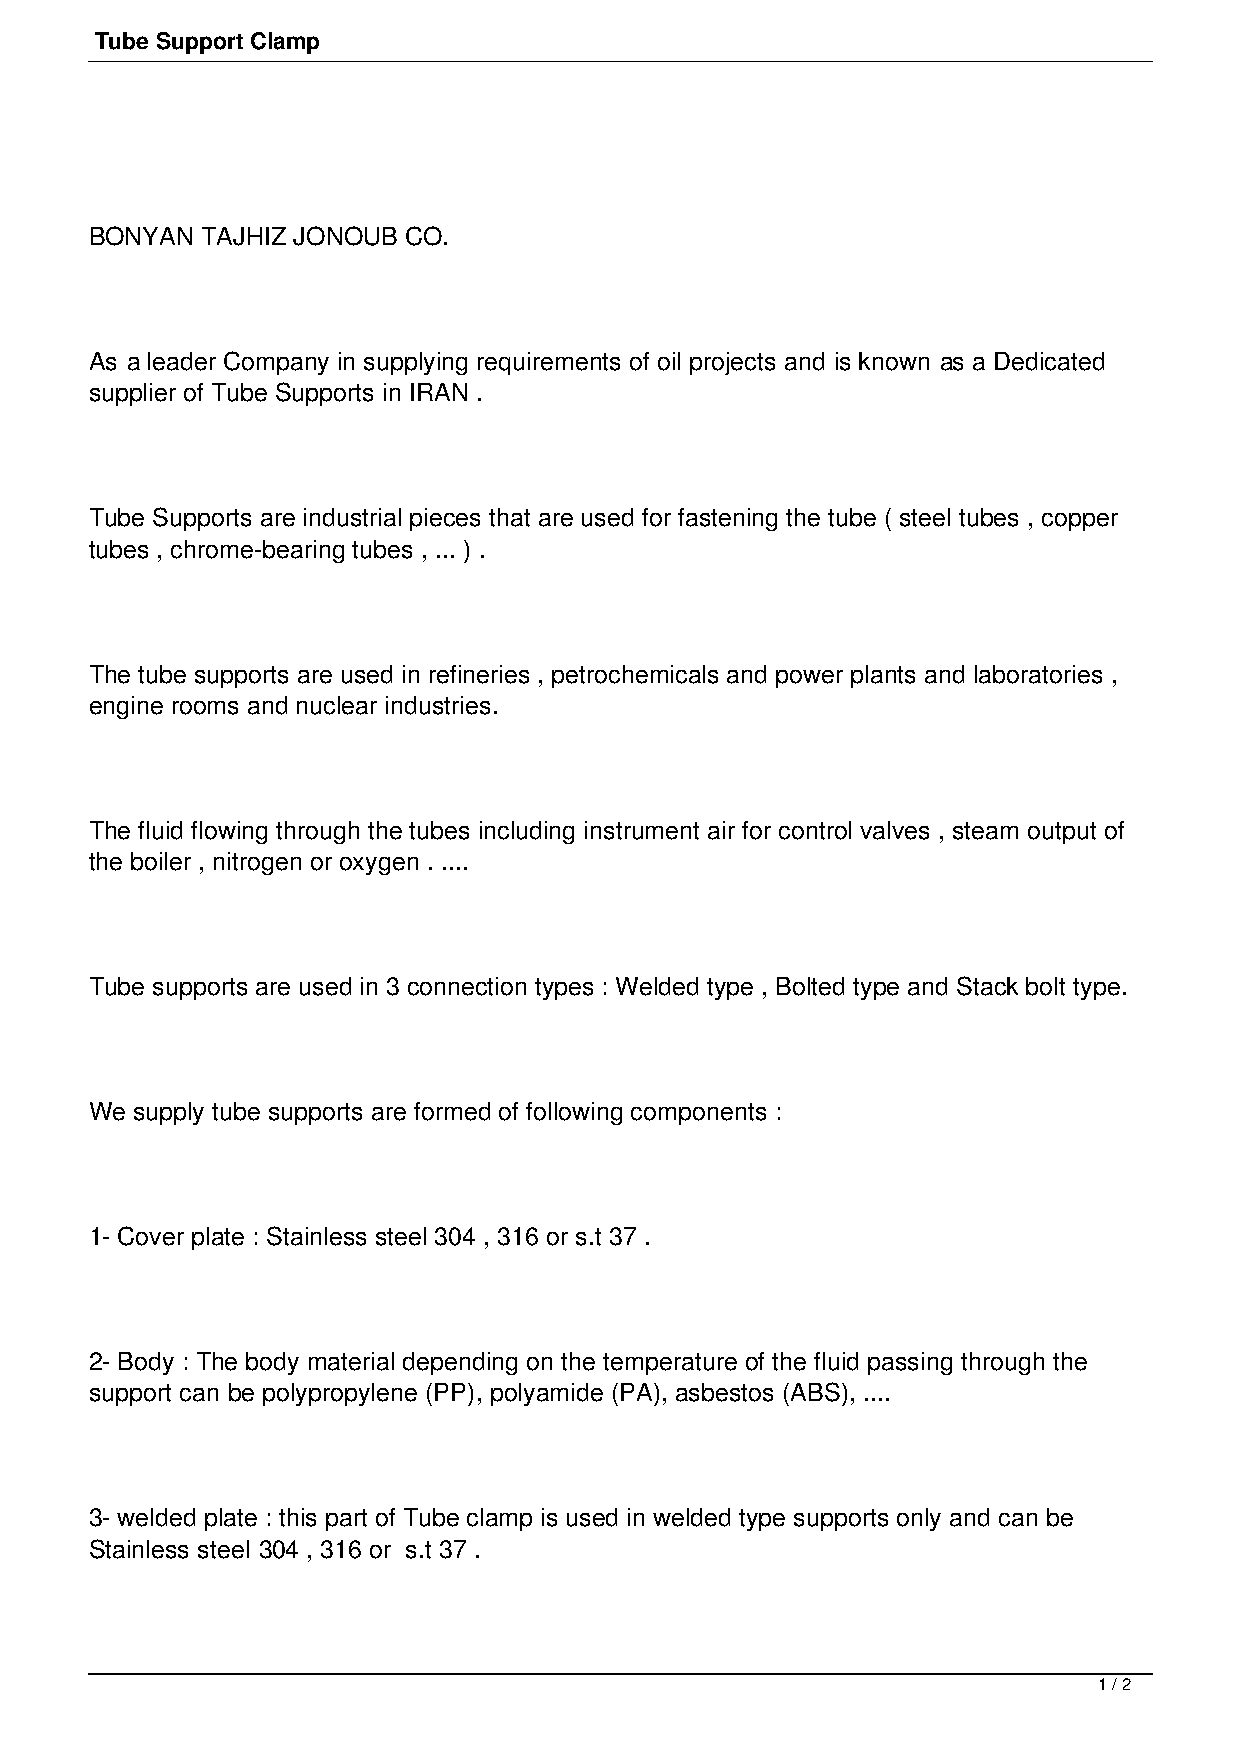
Tube Support Clamp
 BONYAN TAJHIZ JONOUB CO.
 As a leader Company in supplying requirements of oil projects and is known as a Dedicated
 supplier of Tube Supports in IRAN .
 Tube Supports are industrial pieces that are used for fastening the tube ( steel tubes , copper
 tubes , chrome-bearing tubes , ... ) .
 The tube supports are used in refineries , petrochemicals and power plants and laboratories ,
 engine rooms and nuclear industries.
 The fluid flowing through the tubes including instrument air for control valves , steam output of
 the boiler , nitrogen or oxygen . ....
 Tube supports are used in 3 connection types : Welded type , Bolted type and Stack bolt type.
 We supply tube supports are formed of following components :
 1- Cover plate : Stainless steel 304 , 316 or s.t 37 .
 2- Body : The body material depending on the temperature of the fluid passing through the
 support can be polypropylene (PP), polyamide (PA), asbestos (ABS), ....
 3- welded plate : this part of Tube clamp is used in welded type supports only and can be
 Stainless steel 304 , 316 or s.t 37 .
 1 / 2